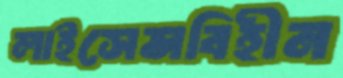
লাইসেন্সবিহীন